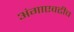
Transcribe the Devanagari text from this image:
अंगाएवढीच